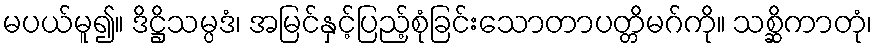
မပယ်မူ၍။ ဒိဋ္ဌိသမ္ပဒံ၊ အမြင်နှင့်ပြည့်စုံခြင်းသောတာပတ္တိမဂ်ကို။ သစ္ဆိကာတုံ၊